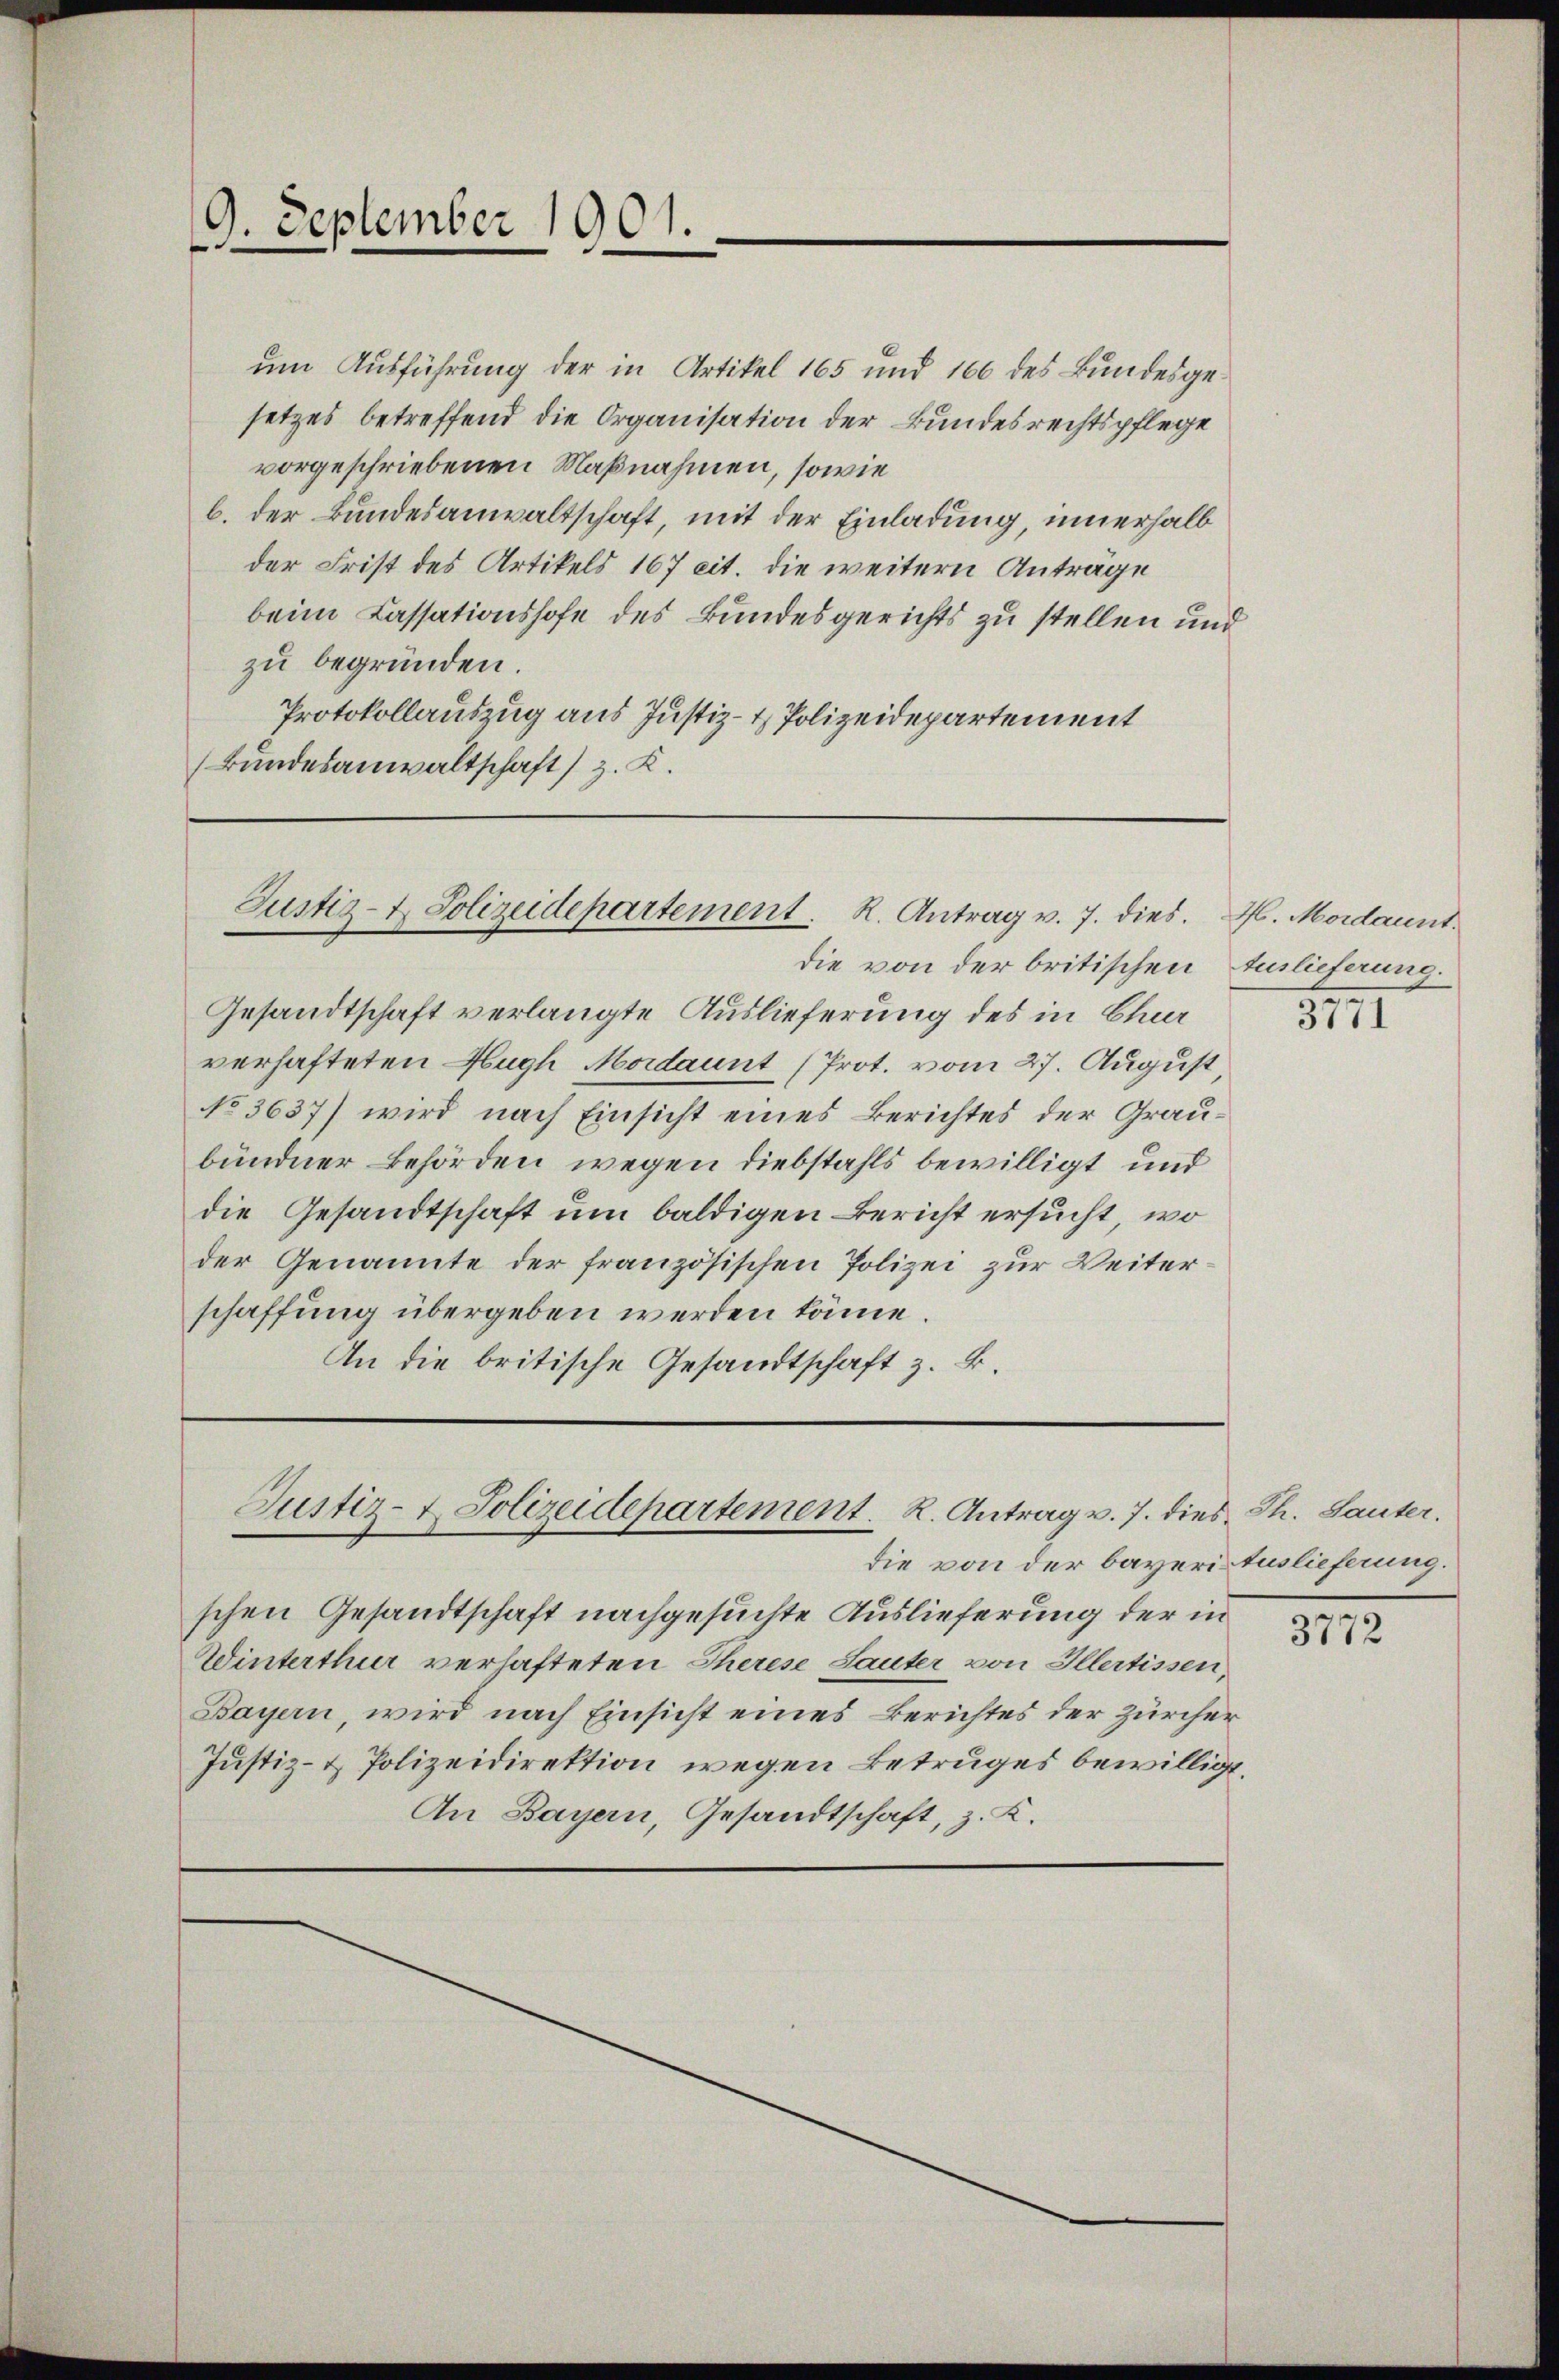
um Ausführung der in Artikel 165 und 166 des Bundesgesetzes betreffend die Organisation der Bundesrechtspflege
vorgeschriebenen Maßnahmen, sowie
b. der Bundesanwaltschaft, mit der Einladung, innerhalb
der Frist des Artikels 167 cit. die weitern Anträge
beim Cassationshofe des Bundesgerichts zu stellen und
zu begründen.
Protokollauszug aus Justiz- & Polizeidepartement
(Bundesanwaltschaft) z. K.

9. September 1901.

Justiz- & Polizeidepartement. R. Antrag v. 7. dies.

Gesandtschaft verlangte Auslieferung des in Chur
verhafteten Hugh Mordaunt (Prot. vom 27. August,
No 3637) wird nach Einsicht eines Berichtes der Graubündner Behörden wegen diebstahls bewilligt und
die Gesandtschaft um baldigen Bericht ersucht, wo
der Genannte der französischen Polizei zur Weiter
schaffung übergeben werden könne.
An die britische Gesandtschaft z. B.

Justiz- & Polizeidepartement. R. Antrag v. 7. dies Th. Lauter.

die von der britischen Auslieferung.

die von der bayeris Auslieferung.
schen Gesandtschaft nachgesuchte Auslieferung der in
Winterthur verhafteten Therese Lauter von Illertissen,
Bayern, wird nach Einsicht eines Berichtes der Zürcher
Justiz- & Polizeidirektion wegen Betruges bewilligt.
An Bayern, Gesandtschaft, z. K.

H. Mordaunt.

3111

3772